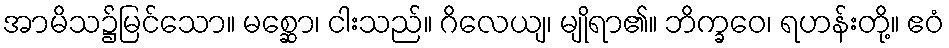
အာမိသ၌မြင်သော။ မစ္ဆော၊ ငါးသည်။ ဂိလေယျ၊ မျိုရာ၏။ ဘိက္ခဝေ၊ ရဟန်းတို့။ ဧဝံ